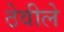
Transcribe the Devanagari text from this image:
ठेवीले